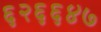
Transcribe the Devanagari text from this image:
६२६६४७